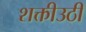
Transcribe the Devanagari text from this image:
शक्तीउठी